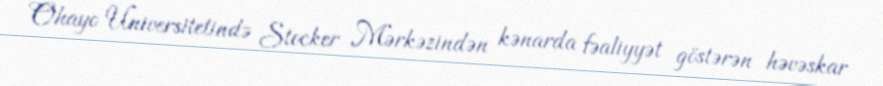
Ohayo Universitetində Stocker Mərkəzindən kənarda fəaliyyət göstərən həvəskar